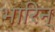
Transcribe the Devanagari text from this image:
भारिन्‌